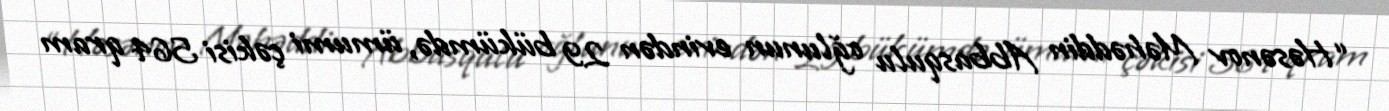
“Həsənov Məhəddin Abbasqulu oğlunun evindən 29 bükümdə, ümumi çəkisi 564 qram